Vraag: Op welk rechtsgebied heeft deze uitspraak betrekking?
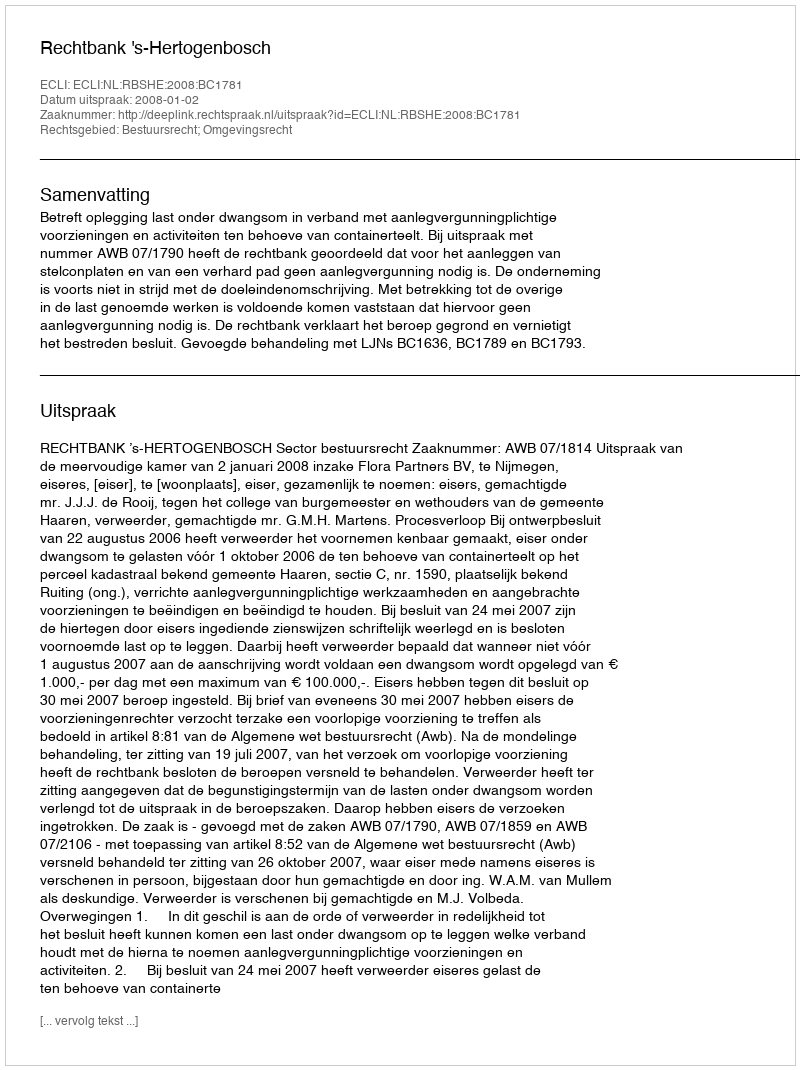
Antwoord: Bestuursrecht; Omgevingsrecht